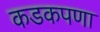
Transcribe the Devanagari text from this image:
कडकपणा